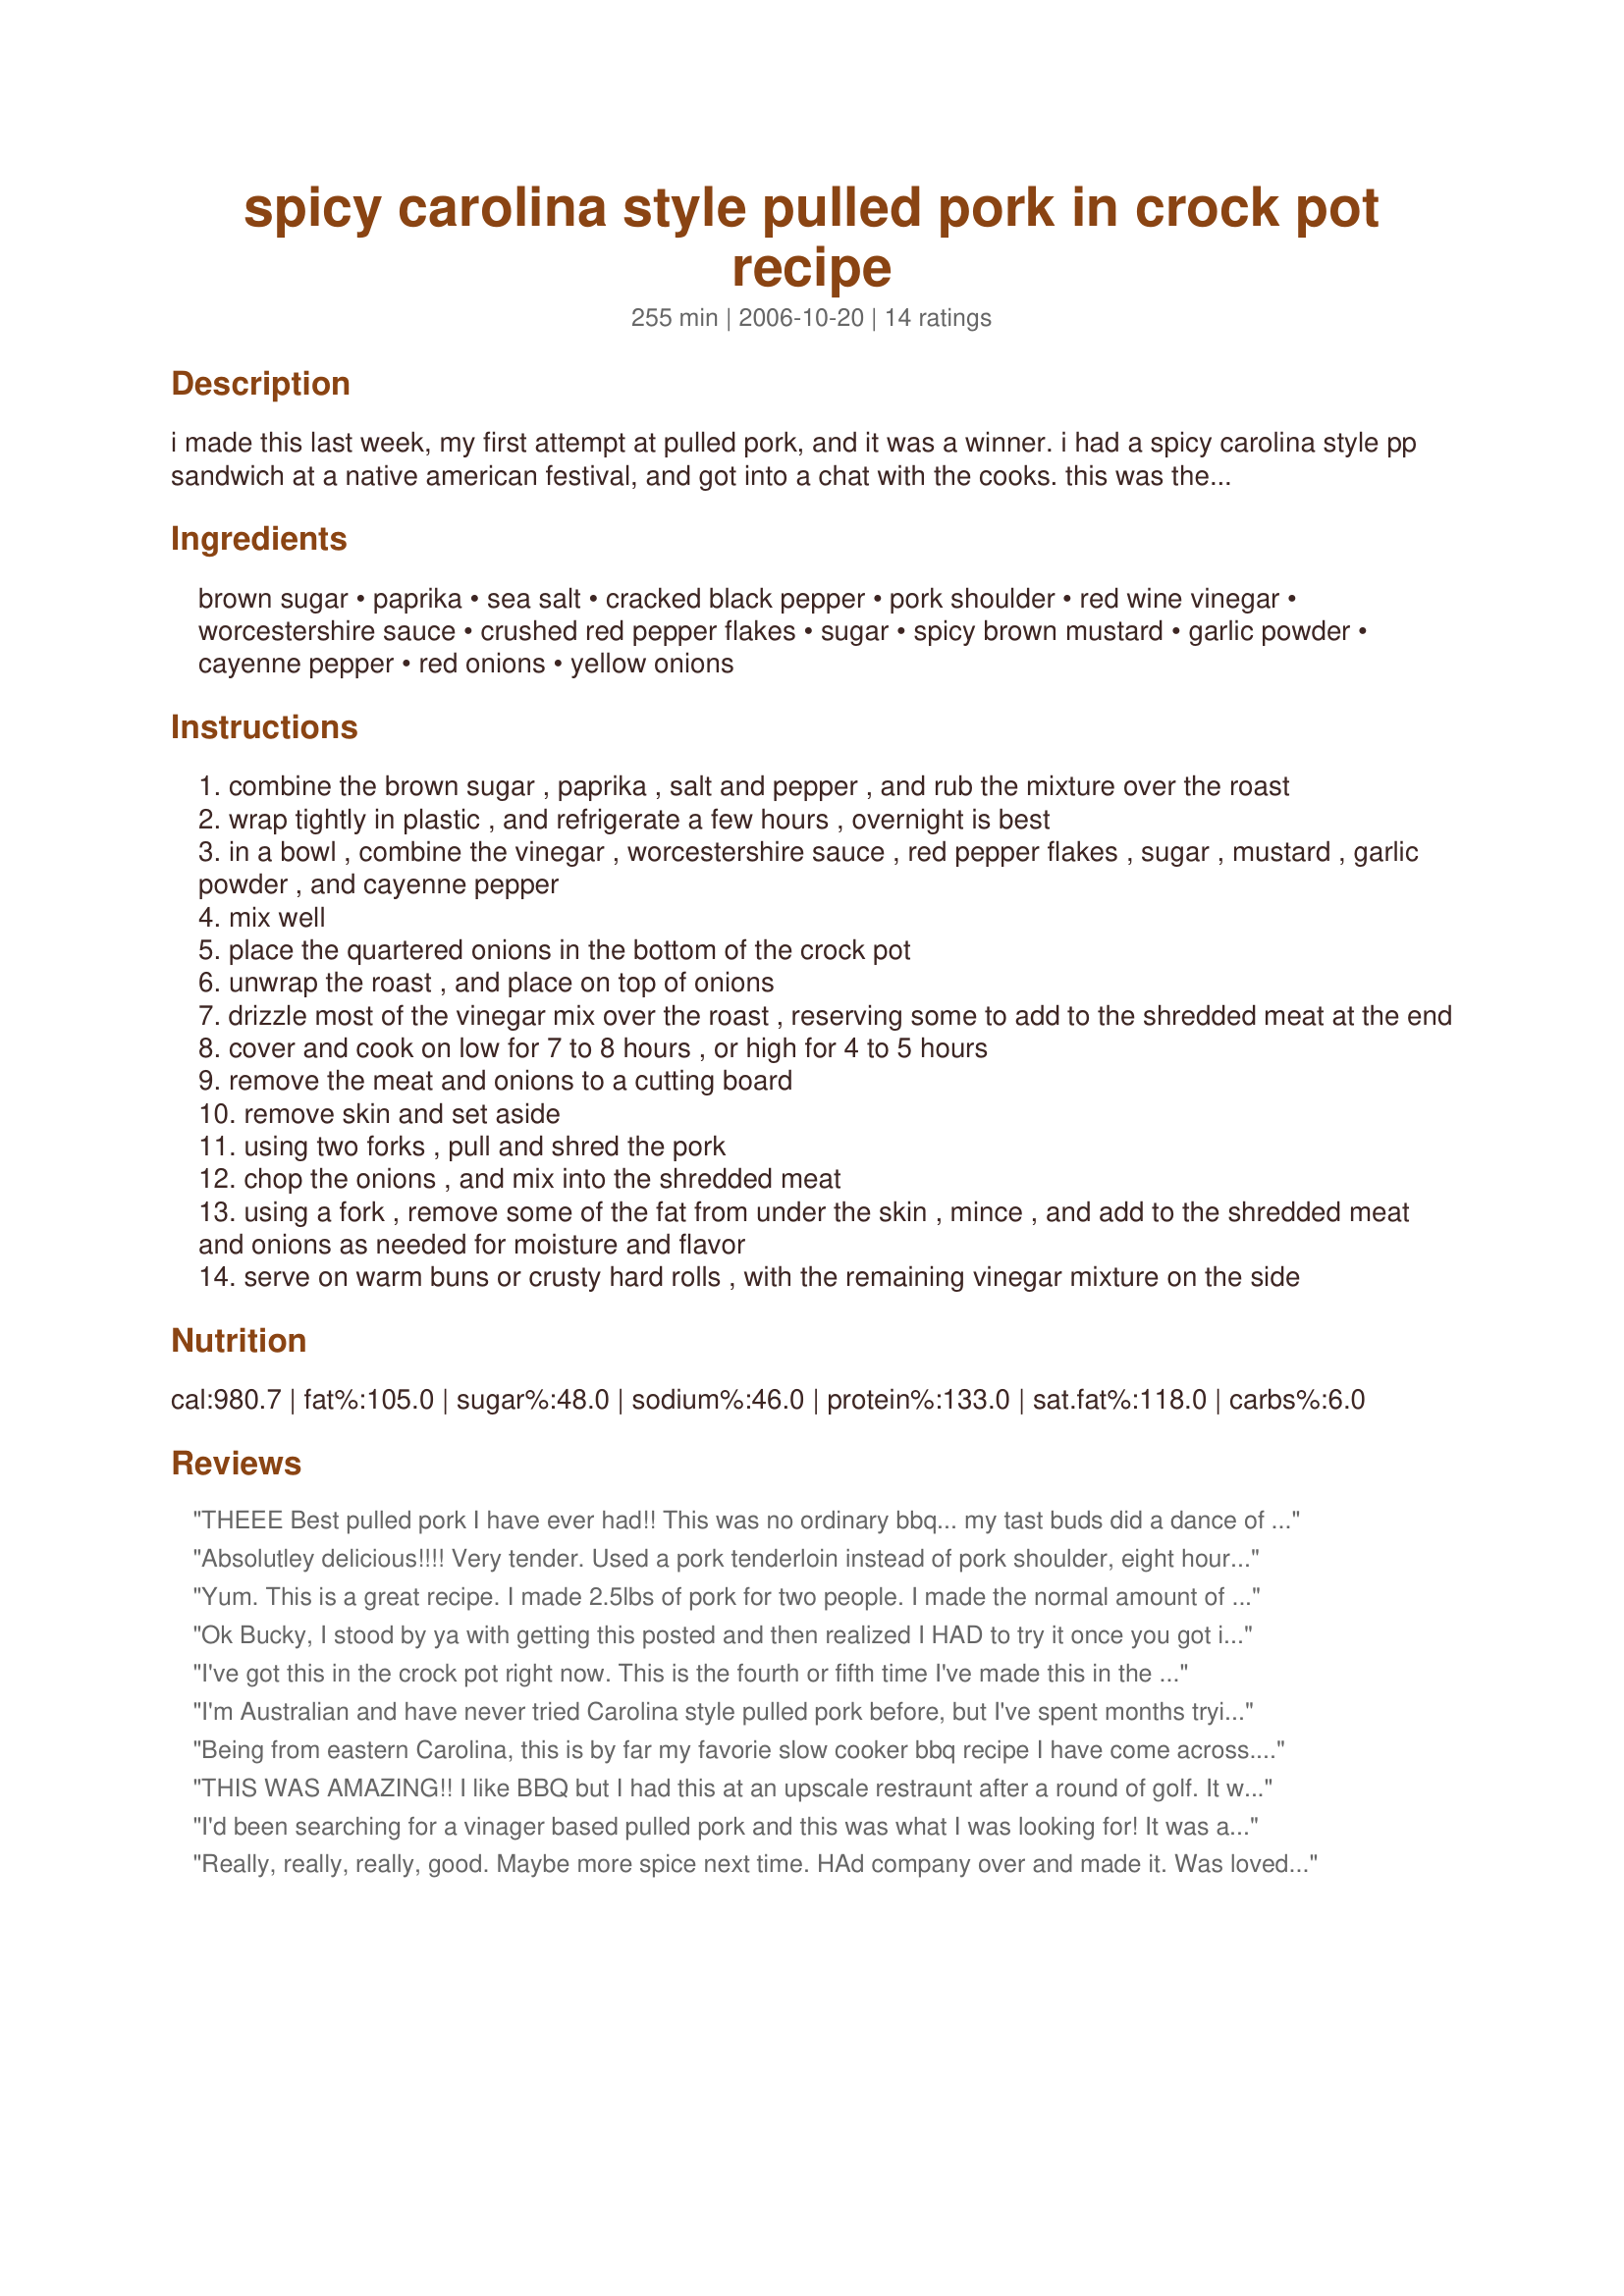
spicy carolina style pulled pork in crock pot recipe
Preparation time: 255 minutes

i made this last week, my first attempt at pulled pork, and it was a winner. i had a spicy carolina style pp sandwich at a native american festival, and got into a chat with the cooks. this was the recipe, from what i can recall as it was told to me.

by the way, this is by no means a low fat dish. trying to make it low fat will just not be the same. please enjoy it the way it was meant to be. pork fat rules!

Ingredients:
brown sugar, paprika, sea salt, cracked black pepper, pork shoulder, red wine vinegar, worcestershire sauce, crushed red pepper flakes, sugar, spicy brown mustard, garlic powder, cayenne pepper, red onions, yellow onions

Steps:
combine the brown sugar , paprika , salt and pepper , and rub the mixture over the roast
wrap tightly in plastic , and refrigerate a few hours , overnight is best
in a bowl , combine the vinegar , worcestershire sauce , red pepper flakes , sugar , mustard , garlic powder , and cayenne pepper
mix well
place the quartered onions in the bottom of the crock pot
unwrap the roast , and place on top of onions
drizzle most of the vinegar mix over the roast , reserving some to add to the shredded meat at the end
cover and cook on low for 7 to 8 hours , or high for 4 to 5 hours
remove the meat and onions to a cutting board
remove skin and set aside
using two forks , pull and shred the pork
chop the onions , and mix into the shredded meat
using a fork , remove some of the fat from under the skin , mince , and add to the shredded meat and onions as needed for moisture and flavor
serve on warm buns or crusty hard rolls , with the remaining vinegar mixture on the side

Reviews:
THEEE Best pulled pork I have ever had!! This was no ordinary bbq... my tast buds did a dance of their own! I pre roasted a pork loin for mine.... shredded it and then added the rest. This recipe is printed and added to my girls cook book for easy tasty cookin. I did note for her she may only need 1/2 to 3/4 cup vinegar. DELICIOUS!!!
Absolutley delicious!!!! Very tender. Used a pork tenderloin instead of pork shoulder, eight hours in the crock pot is perfect!!! Will make this again.
Yum. This is a great recipe. I made 2.5lbs of pork for two people. I made the normal amount of NC style sauce. We each had two sandwiches, and had plenty of pork left over.
Ok Bucky, I stood by ya with getting this posted and then realized I HAD to try it once you got it on zaar :) I have never made anything like this (ya know I am the Canadian girl transplanted to NC) this is FABULOUS!!! Super easy to make. I had to sacrifice my lowfat way of life for one day. I love that it could be done in the crockpot too. I made no changes (nor would I have) oh heavens !! another time I wish we had 10 stars !!! A KEEPER!! If this is your first zaar recipe your off to a great start :)
I've got this in the crock pot right now. This is the fourth or fifth time I've made this in the last year. Absolutely the best pulled pork I have ever had. I serve this with the Carolina Red sauce and cole slaw that I encourage others to try right on the sandwich. Heaven on a corn-dusted kaiser. To the guy who used pork loin...."uhhhhh...huh?"
I'm Australian and have never tried Carolina style pulled pork before, but I've spent months trying recipes to try to find one that is as tasty as what you get at a restaurant. Many of the recipes I've tried so far have been watery and not flavoursome enough. This recipe is superbly tasty, if you don't like your food so hot and spicy I would advise on easing up on some of the spices as it is quite spicy. We enjoy spicy food so we think it's spot on! I've made this three times over the last few weeks (for mine and hubbys lunches) and will make it again in future! I don't usually cook as far in advance as what the original recipe requires, so what I've been doing is chopping my onions and putting them in the slow cooker bowl, placing the pork on top, then drizzling the other mixed ingredients over the top. Once cooked, I pull the pork in the slow cooker bowl so that the sauce goes right through the pork. It's a lot quicker than the original recipe to do it this way, but it still turns out great! I don't even worry about reserving some mixture to stir through at the end, I find it's just as good if I throw everything in and cook.
Being from eastern Carolina, this is by far my favorie slow cooker bbq recipe I have come across. When I am sans smoker, this is the recipe I use for that carolina pulled pork taste. Also, this recipe has great basics down, but tons of slight variations are possible. For example, i add some liquid smoke to the pork. Thanks for sharing!!
THIS WAS AMAZING!! I like BBQ but I had this at an upscale restraunt after a round of golf. It was so good, I had to find a similar recipe and this was PERFECT!
I'd been searching for a vinager based pulled pork and this was what I was looking for! It was a great balance of flavours. I did use a 3.5lb pork rib roast, 1 tbsp hot hungarian paprika (1 tbsp reg. paprika) and cut the pepper flakes down to one tsp. It was the perfect about of spice for us. Thank you for posting
Really, really, really, good. Maybe more spice next time. HAd company over and made it. Was loved by all.
This was the first time I used my new crock pot, and this recipe won rave reviews at our family reunion. In fact, one girl who spent the summer in North Carolina said it was just like she remembered! It turned out so juicy and flavorful that no one even used the bottled sauce I put out next to it! And the best part...put it in the crock pot and forget about it until you are ready to shred the meat!
Excellent cook all day with minimal effort dinner! I toned down the spiciness for the kid&#039;s sake and left out the crushed red pepper flakes &amp; it was perfectly spiced for their tastes. I always use apple cider vinegar when making Carolina pork, and did the same this time (that&#039;s also what I had on hand). Thanks for sharing, made me so hungry for it, smelling it cook all day! Served with homemade mac &#039;n cheese &amp; saut&eacute;ed spinach.
I've made this twice now, and it's turned out awesome both times. I halved the recipe and used a big chunk of pork loin instead of shoulder. Tastes perfect w/ bbq sauce right out of the crock pot, and the leftovers made great taco filling the next day.
This was my first time ever making pulled pork in the crock pot and it was EXCELLENT! Everyone loved it. We served it with Hawaiian rolls. I will definitely be making it again.
